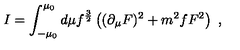
I = \int _ { - \mu _ { 0 } } ^ { \mu _ { 0 } } d \mu f ^ { { \frac { 3 } { 2 } } } \left( ( \partial _ { \mu } F ) ^ { 2 } + { m ^ { 2 } f } F ^ { 2 } \right) \ ,